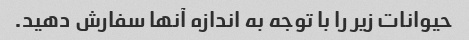
حیوانات زیر را با توجه به اندازه آنها سفارش دهید.